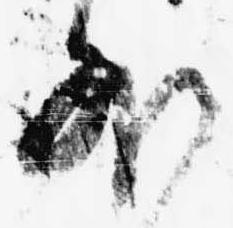
外